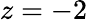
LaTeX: z=-2